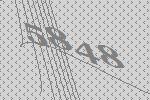
5848